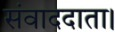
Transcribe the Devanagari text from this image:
संवाददाता।